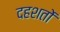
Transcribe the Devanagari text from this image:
दहशतों